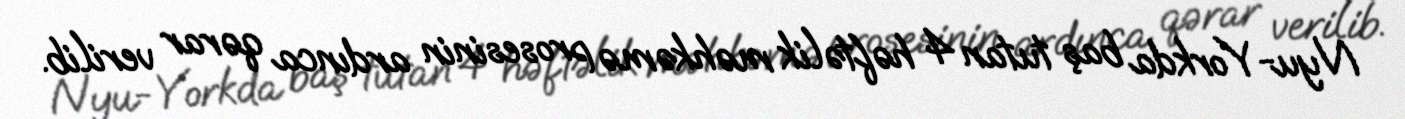
Nyu-Yorkda baş tutan 4 həftəlik məhkəmə prosesinin ardınca qərar verilib.